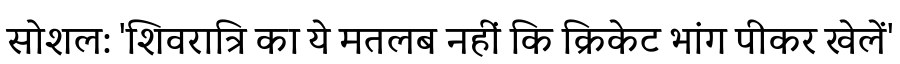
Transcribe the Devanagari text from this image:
सोशल: 'शिवरात्रि का ये मतलब नहीं कि क्रिकेट भांग पीकर खेलें'